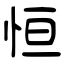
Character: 恒